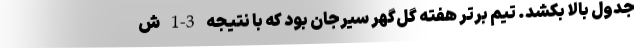
جدول بالا بکشد. تیم برتر هفته گل‌گهر سیرجان بود که با نتیجه 3-1 ش